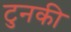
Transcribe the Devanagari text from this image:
टुनकी